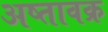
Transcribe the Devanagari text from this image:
अष्तावक्र